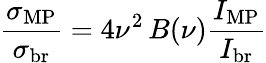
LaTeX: \frac{\sigma_{\mathrm{MP}}}{\sigma_{\mathrm{br}}}=4\nu^{2}\, B(\nu)\frac{I_{\mathrm{MP}}}{I_{\mathrm{br}}}